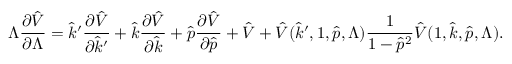
\Lambda \frac { \partial \hat { V } } { \partial \Lambda } = \hat { k } ^ { \prime } \frac { \partial \hat { V } } { \partial \hat { k } ^ { \prime } } + \hat { k } \frac { \partial \hat { V } } { \partial \hat { k } } + \hat { p } \frac { \partial \hat { V } } { \partial \hat { p } } + \hat { V } + \hat { V } ( \hat { k } ^ { \prime } , 1 , \hat { p } , \Lambda ) \frac { 1 } { 1 - \hat { p } ^ { 2 } } \hat { V } ( 1 , \hat { k } , \hat { p } , \Lambda ) .